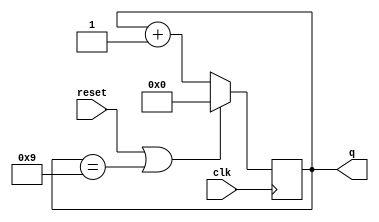
module top_module (
    input clk,
    input reset,        // Synchronous active-high reset
    output [3:0] q);
    
    always @(posedge clk)
        q <= reset || (q==4'd9) ? 0 : q+4'd1 ;

endmodule